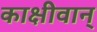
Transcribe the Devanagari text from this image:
काक्षीवान्